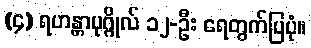
(၄) ရဟန္တာပုဂ္ဂိုလ် ၁၂-ဦး ရေတွက်ပြပုံ။